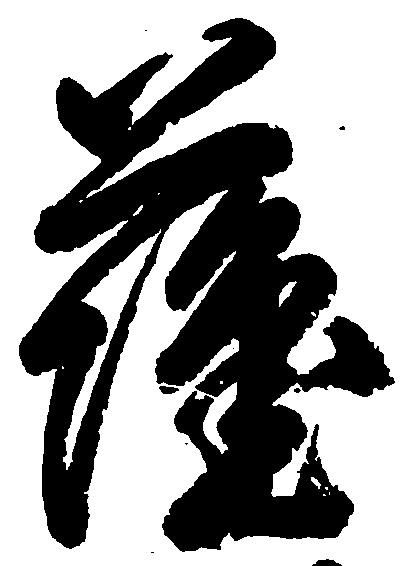
薩